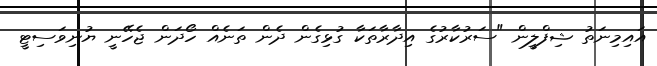
އައިމިނަތު ޝިފްލީން "ސަރުކާރުގެ އިދާރާތަކާ ގުޅިގެން ދެން ތަނެއް ހޯދަން ޖެހޭނީ ޔުނިވަސިޓީ